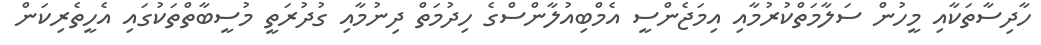
ހާދިސާތަކާއި މީހުން ސަލާމަތްކުރުމާއި އިމަޖެންސީ އެމްބިއުލާންސްގެ ހިދުމަތް ދިނުމާއި ގުދުރަތީ މުސީބާތްތަކުގައި އެހީތެރިކަން